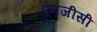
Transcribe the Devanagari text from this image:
एमजीसी